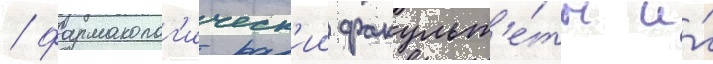
/ фармаколог'ическ'ии факульт'е́ты и́